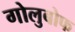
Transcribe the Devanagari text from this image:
गोलुबोफ